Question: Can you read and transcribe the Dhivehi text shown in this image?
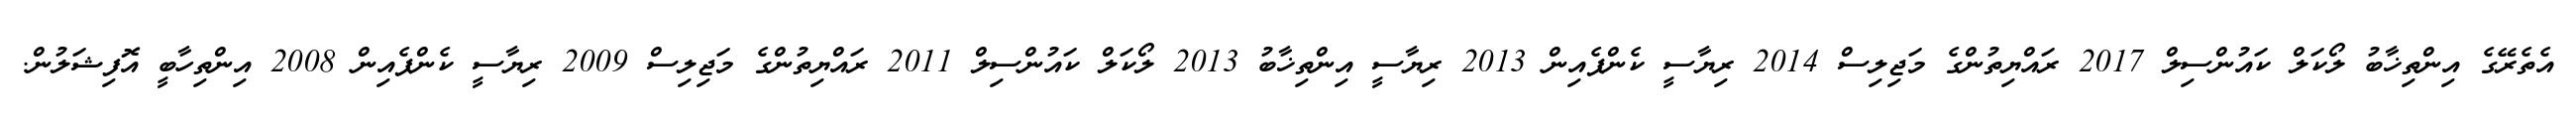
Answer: އެތެރޭގެ އިންތިޚާބު ލޯކަލް ކައުންސިލް 2017 ރައްޔިތުންގެ މަޖިލިސް 2014 ރިޔާސީ ކެންޕެއިން 2013 ރިޔާސީ އިންތިޚާބު 2013 ލޯކަލް ކައުންސިލް 2011 ރައްޔިތުންގެ މަޖިލިސް 2009 ރިޔާސީ ކެންޕެއިން 2008 އިންތިހާބީ އޮފިޝަލުން.